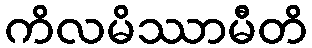
ကိလမိဿာမီတိ